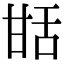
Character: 甛